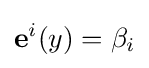
\mathbf {e} ^{i}(y)=\beta _{i}